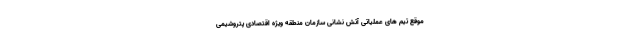
موقع تیم های عملیاتی آتش نشانی سازمان منطقه ویژه اقتصادی پتروشیمی